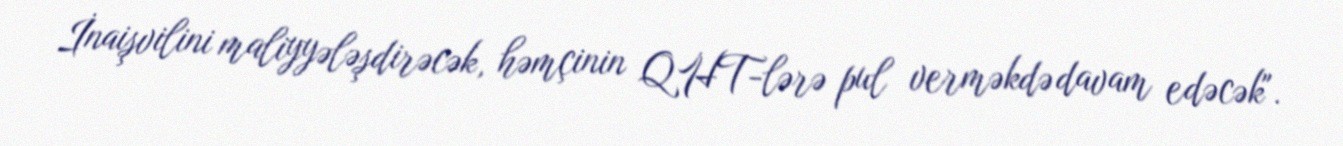
İnaişvilini maliyyələşdirəcək, həmçinin QHT-lərə pul verməkdə davam edəcək".